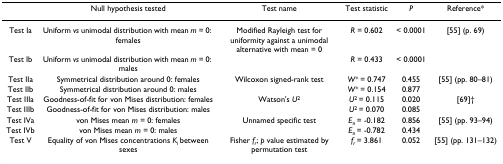
<table><thead><tr><td></td><td><b>Null hypothesis tested</b></td><td><b>Test name</b></td><td><b>Test statistic</b></td><td><b><i>P</i></b></td><td><b>Reference*</b></td></tr></thead><tbody><tr><td>Test Ia</td><td>Uniform <i>vs </i>unimodal distribution with mean <i>m </i>= 0: females</td><td>Modified Rayleigh test for uniformity against a unimodal alternative with mean = 0</td><td><i>R </i>= 0.602</td><td>&lt; 0.0001</td><td>[55] (p. 69)</td></tr><tr><td>Test Ib</td><td>Uniform <i>vs </i>unimodal distribution with mean <i>m </i>= 0: males</td><td></td><td><i>R </i>= 0.433</td><td>&lt; 0.0001</td><td></td></tr><tr><td>Test IIa</td><td>Symmetrical distribution around 0: females</td><td>Wilcoxon signed-rank test</td><td><i>W</i><sup>+ </sup>= 0.747</td><td>0.455</td><td>[55] (pp. 80–81)</td></tr><tr><td>Test IIb</td><td>Symmetrical distribution around 0: males</td><td></td><td><i>W</i><sup>+ </sup>= 0.154</td><td>0.877</td><td></td></tr><tr><td>Test IIIa</td><td>Goodness-of-fit for von Mises distribution: females</td><td>Watson&#x27;s <i>U</i><sup>2</sup></td><td><i>U</i><sup>2 </sup>= 0.115</td><td>0.020</td><td>[69]†</td></tr><tr><td>Test IIIb</td><td>Goodness-of-fit for von Mises distribution: males</td><td></td><td><i>U</i><sup>2 </sup>= 0.070</td><td>0.085</td><td></td></tr><tr><td>Test IVa</td><td>von Mises mean <i>m </i>= 0: females</td><td>Unnamed specific test</td><td><i>E</i><sub><i>n </i></sub>= -0.182</td><td>0.856</td><td>[55] (pp. 93–94)</td></tr><tr><td>Test IVb</td><td>von Mises mean <i>m </i>= 0: males</td><td></td><td><i>E</i><sub><i>n </i></sub>= -0.782</td><td>0.434</td><td></td></tr><tr><td>Test V</td><td>Equality of von Mises concentrations <i>K</i><sub><i>i </i></sub>between sexes</td><td>Fisher <i>f</i><sub><i>r</i></sub>; <i>p </i>value estimated by permutation test</td><td><i>f</i><sub><i>r </i></sub>= 3.861</td><td>0.052</td><td>[55] (pp. 131–132)</td></tr></tbody></table>